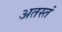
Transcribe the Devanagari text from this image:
अतस्तं